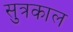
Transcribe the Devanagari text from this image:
सुत्रकाल